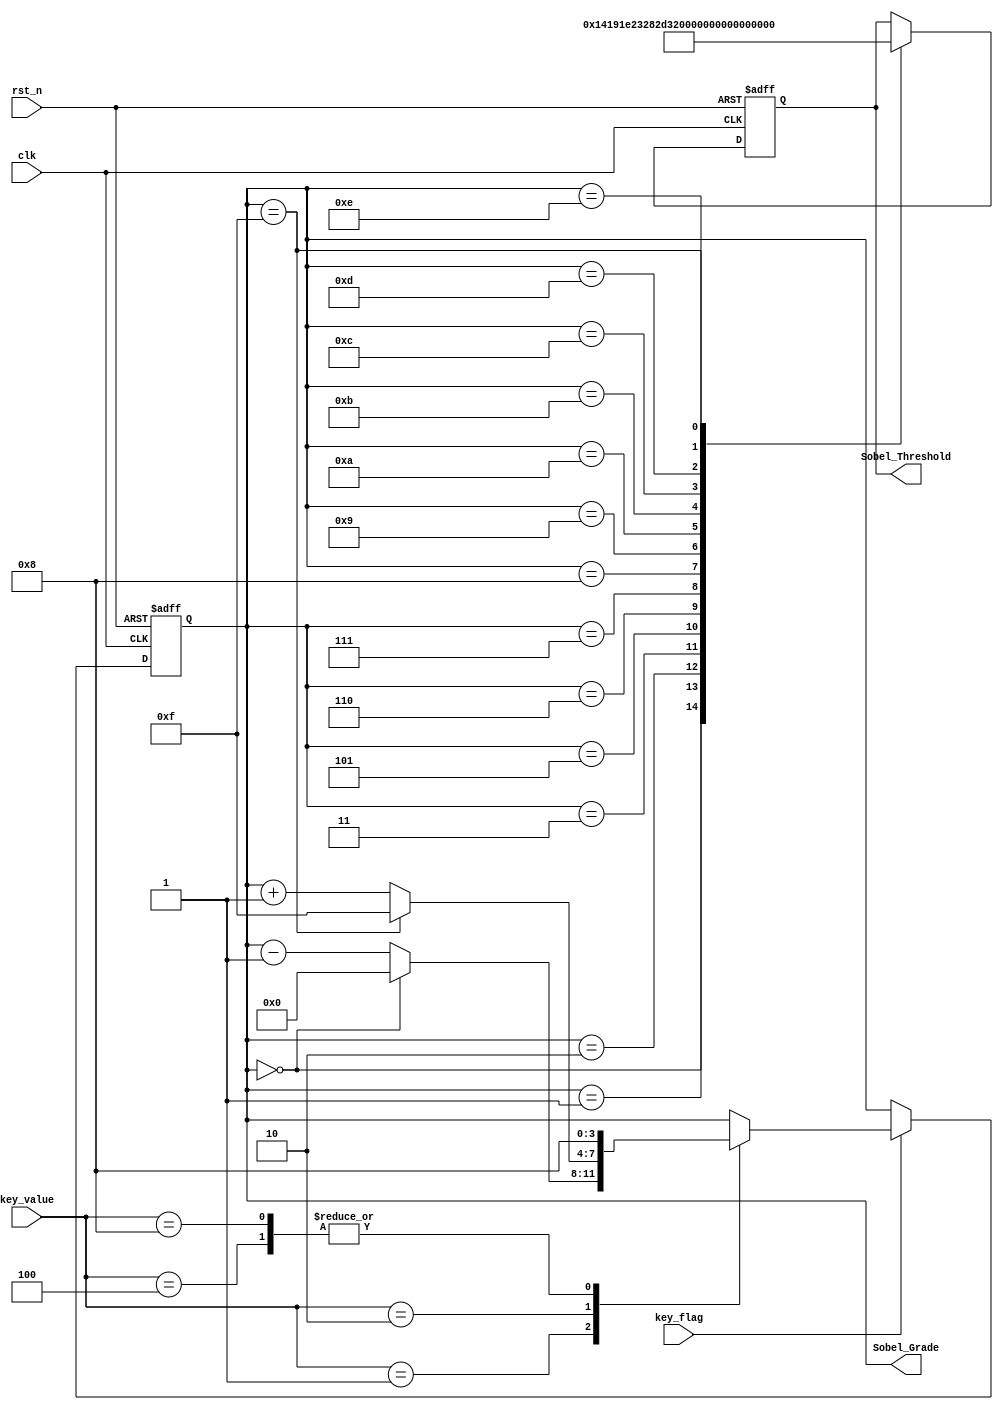
//****************************************Copyright (c)***********************************//                            
//----------------------------------------------------------------------------------------
// File name:          Sobel_Threshold_Adj
// Last modified Date:  2021/6/10 11:28:58
// Last Version:        V1.0
// Descriptions:        sobel
//----------------------------------------------------------------------------------------
// Created date:        2021/6/10 11:28:58
// Version:             V1.0
// Descriptions:        Sobel
//
//----------------------------------------------------------------------------------------
//****************************************************************************************//

`timescale 1ns/1ns
module Sobel_Threshold_Adj
(
	//global clock
	input				clk,  		//100MHz
	input				rst_n,		//global reset
	
	//user interface
	input				key_flag,		//key down flag
	input		[3:0]	key_value,		//key control data
	
	output	reg	[3:0]	Sobel_Grade,	//Sobel Grade output
	output	reg	[7:0]	Sobel_Threshold	//lcd pwn signal, l:valid
);

//---------------------------------
//Sobel Threshold adjust with key.
always@(posedge clk or negedge rst_n)
begin
	if(!rst_n)
		Sobel_Grade	<= 4'd8;
	else if(key_flag)
		begin
		case(key_value)	//{Sobel_Threshold--, Sobel_Threshold++}
		4'b0001:	Sobel_Grade <= (Sobel_Grade == 4'd0)  ? 4'd0  : Sobel_Grade - 1'b1;
		4'b0010:	Sobel_Grade <= (Sobel_Grade == 4'd15) ? 4'd15 : Sobel_Grade + 1'b1;
        4'b0100:	Sobel_Grade	<= 4'd8;
		4'b1000:	Sobel_Grade	<= 4'd8;
		default:;
		endcase
		end
	else
		Sobel_Grade <= Sobel_Grade;
end


//---------------------------------
//Sobel Grade Mapping with Sobel Threshold
always@(posedge clk or negedge rst_n)
begin
	if(!rst_n)
		Sobel_Threshold <= 35;
	else
		case(Sobel_Grade)
		4'h0:	Sobel_Threshold <= 20;
		4'h1:	Sobel_Threshold <= 25;
		4'h2:	Sobel_Threshold <= 30;
		4'h3:	Sobel_Threshold <= 35;
		4'h5:	Sobel_Threshold <= 40;
		4'h6:	Sobel_Threshold <= 45;
		4'h7:	Sobel_Threshold <= 50;
		4'h8:	Sobel_Threshold <= 100;
		
		4'h9:	Sobel_Threshold <= 60;
		4'ha:	Sobel_Threshold <= 65;
		4'hb:	Sobel_Threshold <= 70;
		4'hc:	Sobel_Threshold <= 75;
		4'hd:	Sobel_Threshold <= 80;
		4'he:	Sobel_Threshold <= 85;
		4'hf:	Sobel_Threshold <= 90;
		default:;
		endcase
end


endmodule